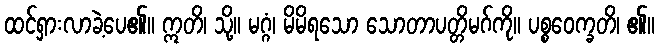
ထင်ရှားလာခဲ့ပေ၏။ ဣတိ၊ သို့။ မဂ္ဂံ၊ မိမိရသော သောတာပတ္တိမဂ်ကို။ ပစ္စဝေက္ခတိ၊ ၏။